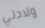
ولادتي